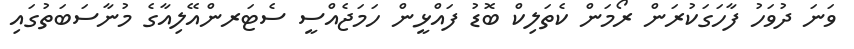
ވަނަ ދުވަހު ފާހަގަކުރަން ރޯމަން ކެތަލިކް ބޮޑު ފައްޅީން ހަމަޖެއްސީ ސެޓަރންއޭލިއާގެ މުނާސަބަތުގައި